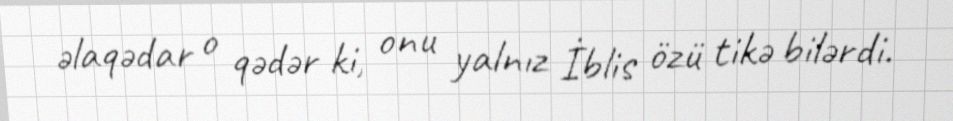
əlaqədar o qədər ki, onu yalnız İblis özü tikə bilərdi.